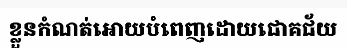
ខ្លួនកំណត់អោយបំពេញដោយជោគជ័យ